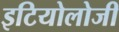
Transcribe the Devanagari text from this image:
इटियोलोजी